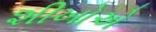
શીખોએ